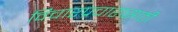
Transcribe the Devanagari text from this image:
विचारप्रचारासाठी